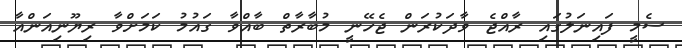
ސެމީ ފައިނަލުގައި ރާއްޖެ ވާދަކުރަން ޖެހޭނީ މުބާރާތް ބާއްވާ ގައުމު ކަމަށްވާ ރިޔޫނިއަންއާ